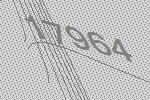
17964